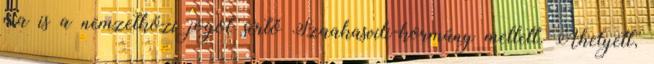
ma is a nemzetközi jogot sértő Szaakasvili-kormány mellett. Ahelyett,